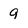
Character: 9